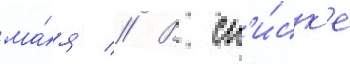
ма́я // В сп'и́ск'е